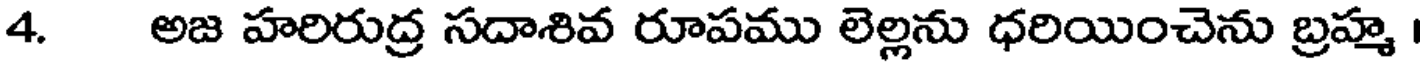
4. అజ హరిరుద్ర సదాశివ రూపము లెల్లను ధరియించెను బ్రహ్మ